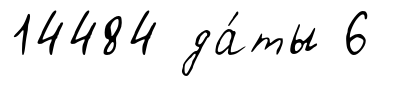
14484 да́ты 6